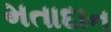
મતાદાન